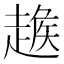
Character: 𧼵